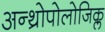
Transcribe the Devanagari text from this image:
अन्थ्रोपोलोजिक्ल